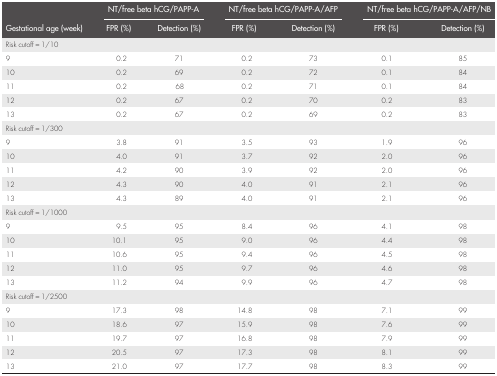
<table><thead><tr><td></td><td colspan="2"><b>NT/free beta hCG/PAPP-A</b></td><td colspan="2"><b>NT/free beta hCG/PAPP-A/AFP</b></td><td colspan="2"><b>NT/free beta hCG/PAPP-A/AFP/NB</b></td></tr><tr><td><b>Gestational age (week)</b></td><td><b>FPR (%)</b></td><td><b>Detection (%)</b></td><td><b>FPR (%)</b></td><td><b>Detection (%)</b></td><td><b>FPR (%)</b></td><td><b>Detection (%)</b></td></tr></thead><tbody><tr><td>Risk cutoff = 1/10</td><td></td><td></td><td></td><td></td><td></td><td></td></tr><tr><td>9</td><td>0.2</td><td>71</td><td>0.2</td><td>73</td><td>0.1</td><td>85</td></tr><tr><td>10</td><td>0.2</td><td>69</td><td>0.2</td><td>72</td><td>0.1</td><td>84</td></tr><tr><td>11</td><td>0.2</td><td>68</td><td>0.2</td><td>71</td><td>0.1</td><td>84</td></tr><tr><td>12</td><td>0.2</td><td>67</td><td>0.2</td><td>70</td><td>0.2</td><td>83</td></tr><tr><td>13</td><td>0.2</td><td>67</td><td>0.2</td><td>69</td><td>0.2</td><td>83</td></tr><tr><td>Risk cutoff = 1/300</td><td></td><td></td><td></td><td></td><td></td><td></td></tr><tr><td>9</td><td>3.8</td><td>91</td><td>3.5</td><td>93</td><td>1.9</td><td>96</td></tr><tr><td>10</td><td>4.0</td><td>91</td><td>3.7</td><td>92</td><td>2.0</td><td>96</td></tr><tr><td>11</td><td>4.2</td><td>90</td><td>3.9</td><td>92</td><td>2.0</td><td>96</td></tr><tr><td>12</td><td>4.3</td><td>90</td><td>4.0</td><td>91</td><td>2.1</td><td>96</td></tr><tr><td>13</td><td>4.3</td><td>89</td><td>4.0</td><td>91</td><td>2.1</td><td>96</td></tr><tr><td>Risk cutoff = 1/1000</td><td></td><td></td><td></td><td></td><td></td><td></td></tr><tr><td>9</td><td>9.5</td><td>95</td><td>8.4</td><td>96</td><td>4.1</td><td>98</td></tr><tr><td>10</td><td>10.1</td><td>95</td><td>9.0</td><td>96</td><td>4.4</td><td>98</td></tr><tr><td>11</td><td>10.6</td><td>95</td><td>9.4</td><td>96</td><td>4.5</td><td>98</td></tr><tr><td>12</td><td>11.0</td><td>95</td><td>9.7</td><td>96</td><td>4.6</td><td>98</td></tr><tr><td>13</td><td>11.2</td><td>94</td><td>9.9</td><td>96</td><td>4.7</td><td>98</td></tr><tr><td>Risk cutoff = 1/2500</td><td></td><td></td><td></td><td></td><td></td><td></td></tr><tr><td>9</td><td>17.3</td><td>98</td><td>14.8</td><td>98</td><td>7.1</td><td>99</td></tr><tr><td>10</td><td>18.6</td><td>97</td><td>15.9</td><td>98</td><td>7.6</td><td>99</td></tr><tr><td>11</td><td>19.7</td><td>97</td><td>16.8</td><td>98</td><td>7.9</td><td>99</td></tr><tr><td>12</td><td>20.5</td><td>97</td><td>17.3</td><td>98</td><td>8.1</td><td>99</td></tr><tr><td>13</td><td>21.0</td><td>97</td><td>17.7</td><td>98</td><td>8.3</td><td>99</td></tr></tbody></table>